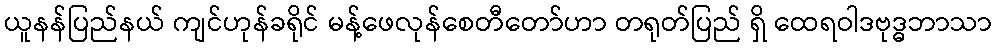
ယူနန်ပြည်နယ် ကျင်ဟုန်ခရိုင် မန့်ဖေလုန်စေတီတော်ဟာ တရုတ်ပြည် ရှိ ထေရဝါဒဗုဒ္ဓဘာသာ